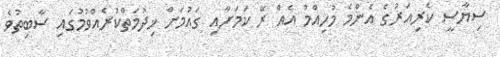
ސިޔާސީ ކެރިއަރުގެ އެންމެ މުހިއްމު އެއް ރޭ ކަމަށާއި ގައުމަށް ޚިދުމަތްކުރެއްވުމުގައި ސާބިތުވެ